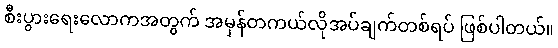
စီးပွားရေးလောကအတွက် အမှန်တကယ်လိုအပ်ချက်တစ်ရပ် ဖြစ်ပါတယ်။